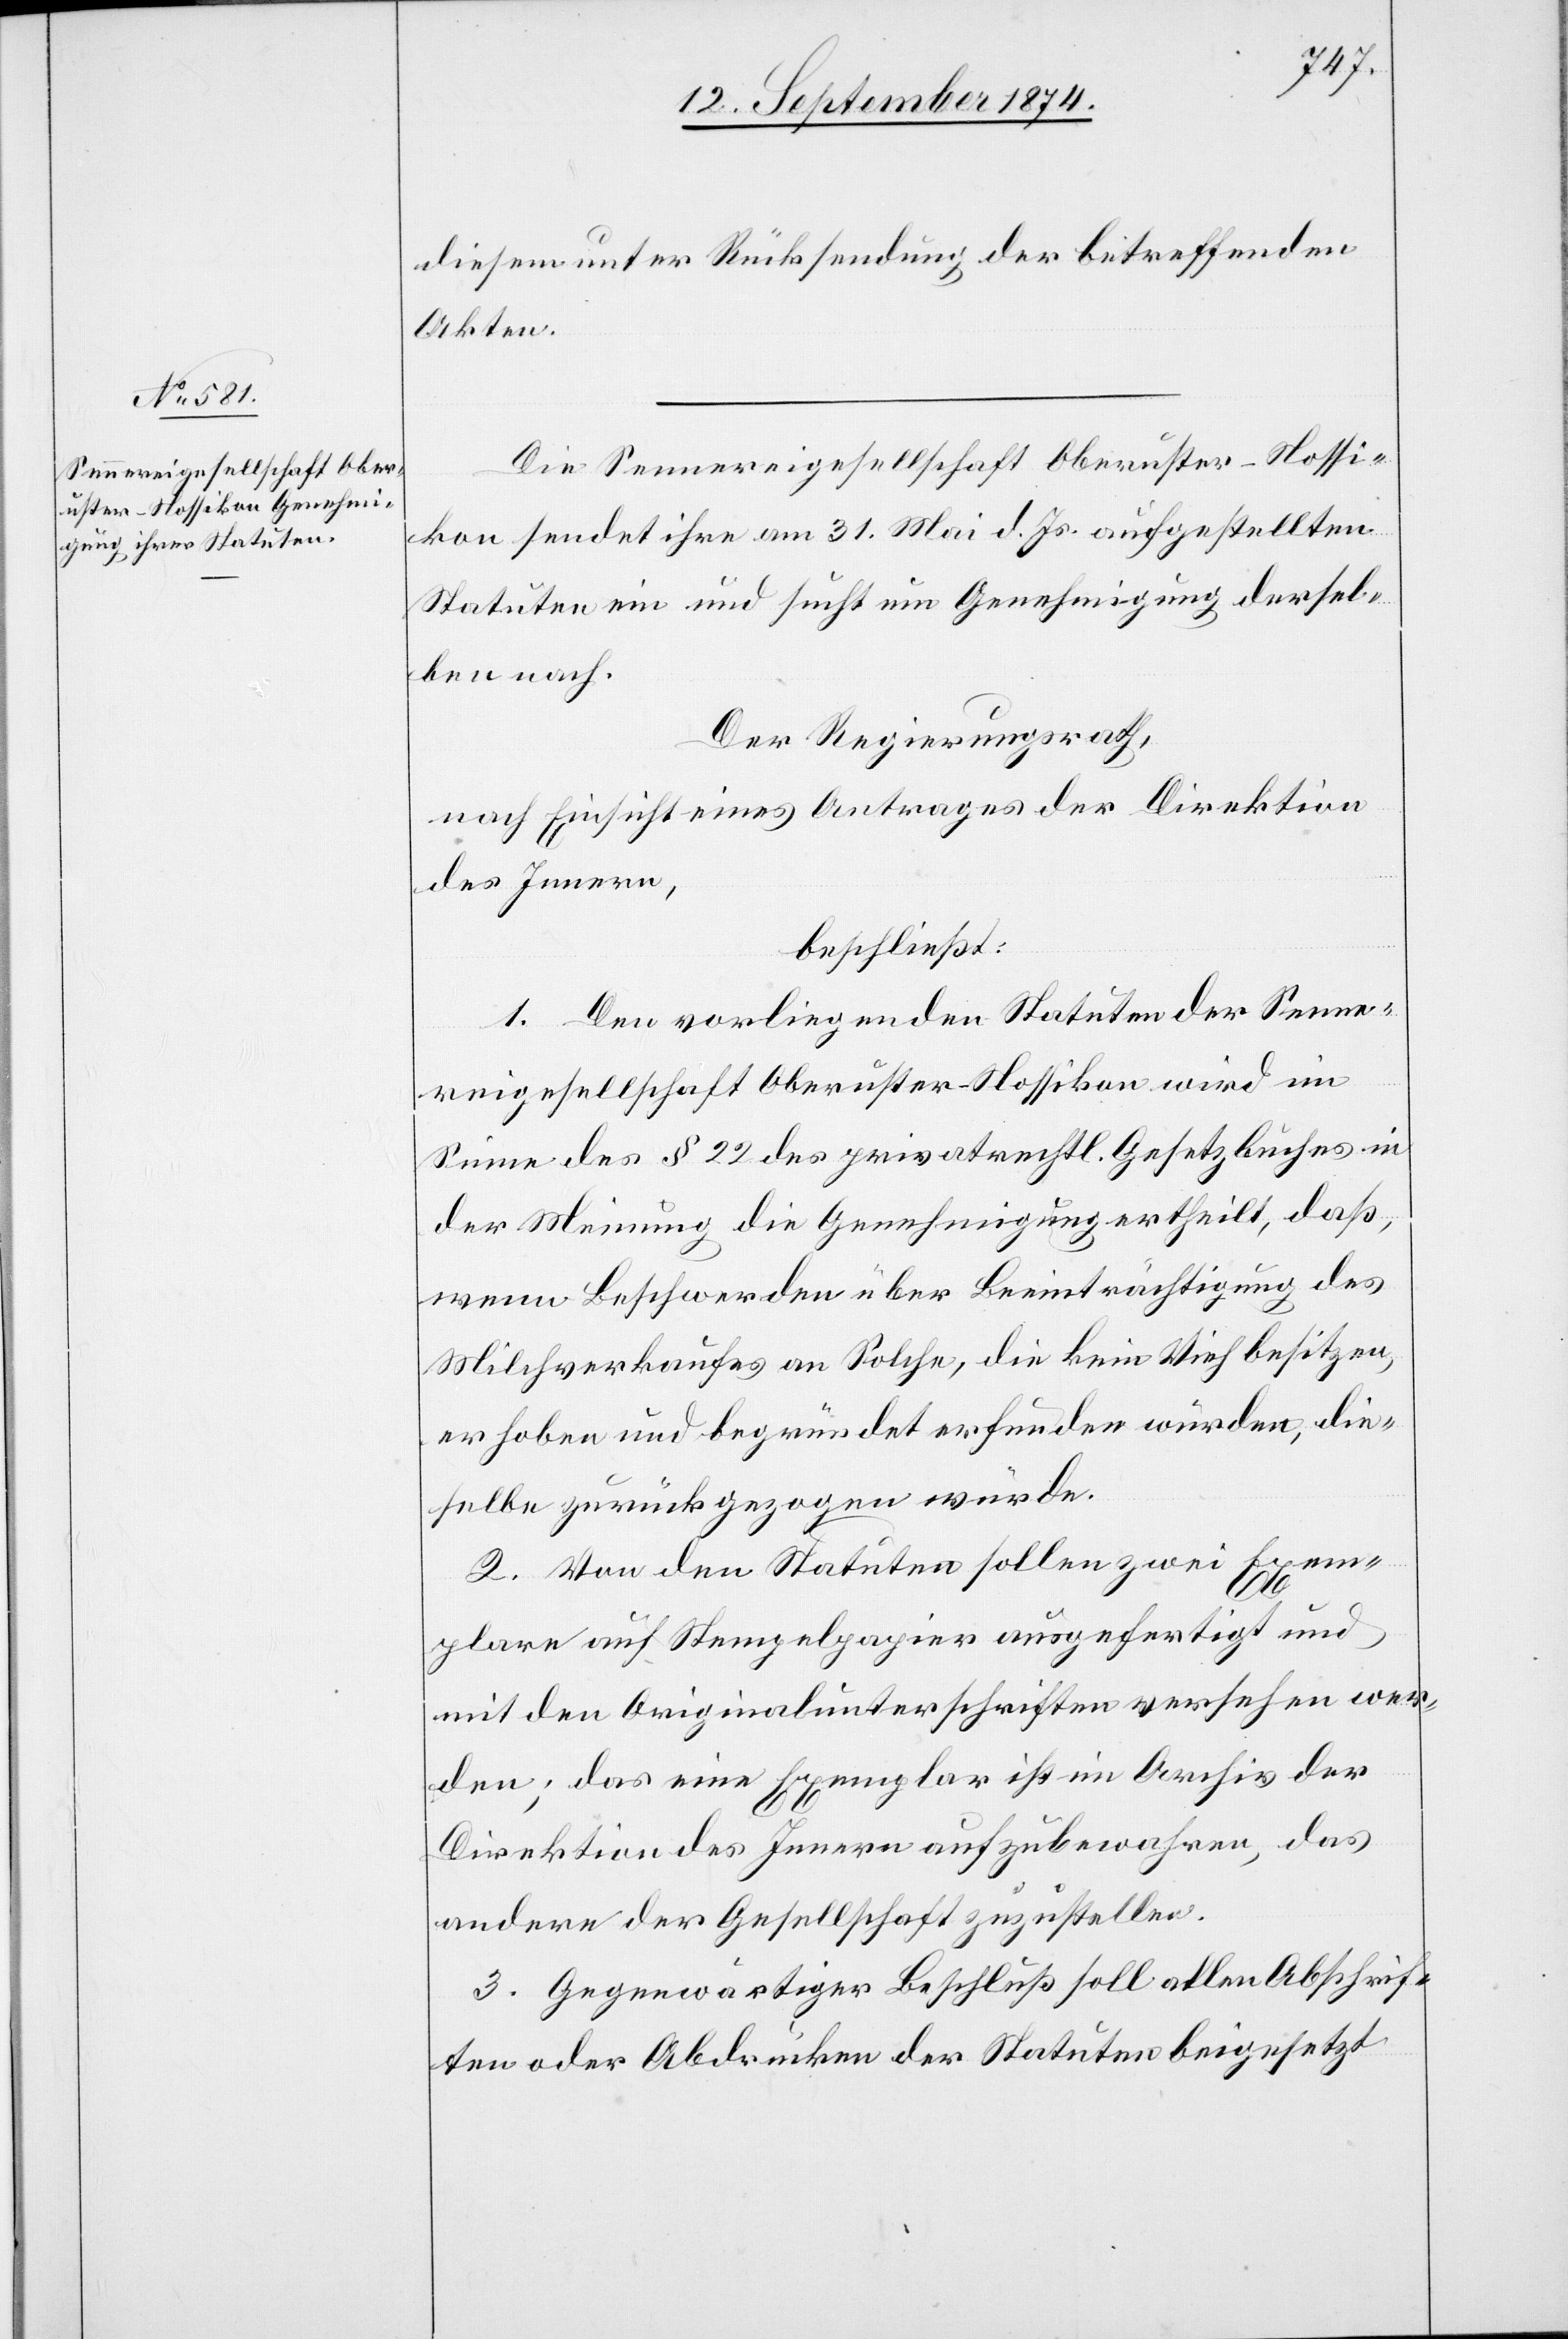
diesem unter Rücksendung der betreffenden
Akten.
Die Sennereigesellschaft Oberuster-Nossi¬
kon sendet ihre am 31. Mai d. Js. aufgestellten
Statuten ein und sucht um Genehmigung dersel¬
ben nach.
Der Regierungsrath,
nach Einsicht eines Antrages der Direktion
des Innern,
beschließt:
1. Den vorliegenden Statuten der Senne¬
reigesellschaft Oberuster-Nossikon wird im
Sinne des § 22 des privatrechtl. Gesetzbuches in
der Meinung die Genehmigung ertheilt, daß,
wenn Beschwerden über Beeinträchtigung des
Milchverkaufes an solche, die kein Vieh besitzen,
erhoben und begründet erfunden wurden, die¬
selbe zurückgezogen würde.
2. Von den Statuten sollen zwei Exem¬
plare auf Stempelpapier ausgefertigt und
mit den Originalunterschriften versehen wer¬
den; das eine Exemplar ist im Archiv der
Direktion des Innern aufzubewahren, das
andere der Gesellschaft zuzustellen.
3. Gegenwärtiger Beschluß soll allen Abschrif¬
ten oder Abdrücken der Statuten beigesetzt